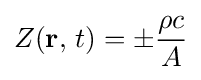
Z(\mathbf {r} ,\,t)=\pm {\frac {\rho c}{A}}